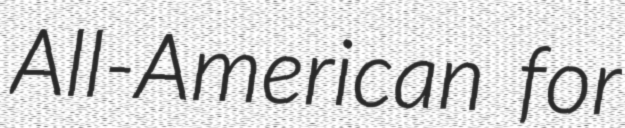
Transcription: All-American for